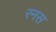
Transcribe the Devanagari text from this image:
रनस